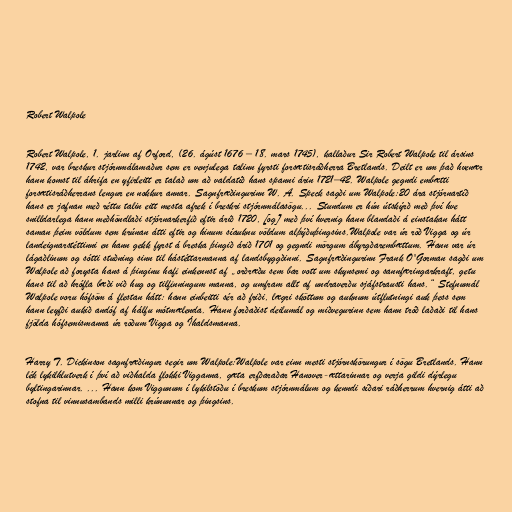
Robert Walpole

Robert Walpole, 1. jarlinn af Orford, (26. ágúst 1676 – 18. mars 1745), kallaður Sir Robert Walpole til ársins
1742, var breskur stjórnmálamaður sem er venjulega talinn fyrsti forsætisráðherra Bretlands. Deilt er um það hvenær
hann komst til áhrifa en yfirleitt er talað um að valdatíð hans spanni árin 1721–42. Walpole gegndi embætti
forsætisráðherrans lengur en nokkur annar. Sagnfræðingurinn W. A. Speck sagði um Walpole:20 ára stjórnartíð
hans er jafnan með réttu talin eitt mesta afrek í breskri stjórnmálasögu... Stundum er hún útskýrð með því hve
snilldarlega hann meðhöndlaði stjórnarkerfið eftir árið 1720, [og] með því hvernig hann blandaði á einstakan hátt
saman þeim völdum sem krúnan átti eftir og hinum síauknu völdum alþýðuþingsins.Walpole var úr röð Vigga og úr
landeignarstéttinni en hann gekk fyrst á breska þingið árið 1701 og gegndi mörgum ábyrgðarembættum. Hann var úr
lágaðlinum og sótti stuðning sinn til hástéttarmanna af landsbyggðinni. Sagnfræðingurinn Frank O'Gorman sagði um
Walpole að forysta hans á þinginu hafi einkennst af „orðræðu sem bar vott um skynsemi og sannfæringarkraft, getu
hans til að hrófla bæði við hug og tilfinningum manna, og umfram allt af undraverðu sjáfstrausti hans.“ Stefnumál
Walpole voru hófsöm á flestan hátt: hann einbeitti sér að friði, lægri sköttum og auknum útflutningi auk þess sem
hann leyfði aukið andóf af hálfu mótmælenda. Hann forðaðist deilumál og miðvegurinn sem hann tróð laðaði til hans
fjölda hófsemismanna úr röðum Vigga og Íhaldsmanna.

Harry T. Dickinson sagnfræðingur segir um Walpole:Walpole var einn mesti stjórnskörungur í sögu Bretlands. Hann
lék lykilhlutverk í því að viðhalda flokki Vigganna, gæta erfðaraðar Hanover-ættarinnar og verja gildi dýrlegu
byltingarinnar. ... Hann kom Viggunum í lykilstöðu í breskum stjórnmálum og kenndi síðari ráðherrum hvernig átti að
stofna til vinnusambands milli krúnunnar og þingsins.